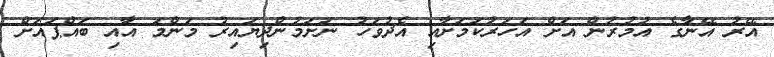
އޭރު އޭނާގެ އުމުރުން އަށް އަހަރުކަމަށާއި އެދުވަހު ނަށަމުންދިޔައިރު މަންމަ އާއި ބައްޕައަށް